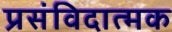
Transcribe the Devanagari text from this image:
प्रसंविदात्मक